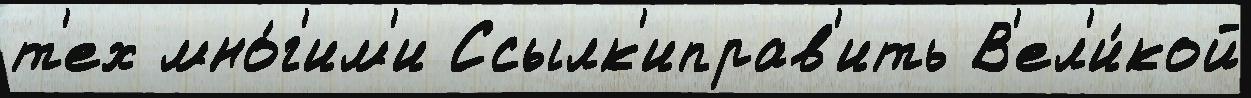
т'ех мно́г'им'и Ссылк'иправ'ить В'ел'и́кой